Indian journal of veterinary science and animal husbandry - Volume 8,
Year: 1938
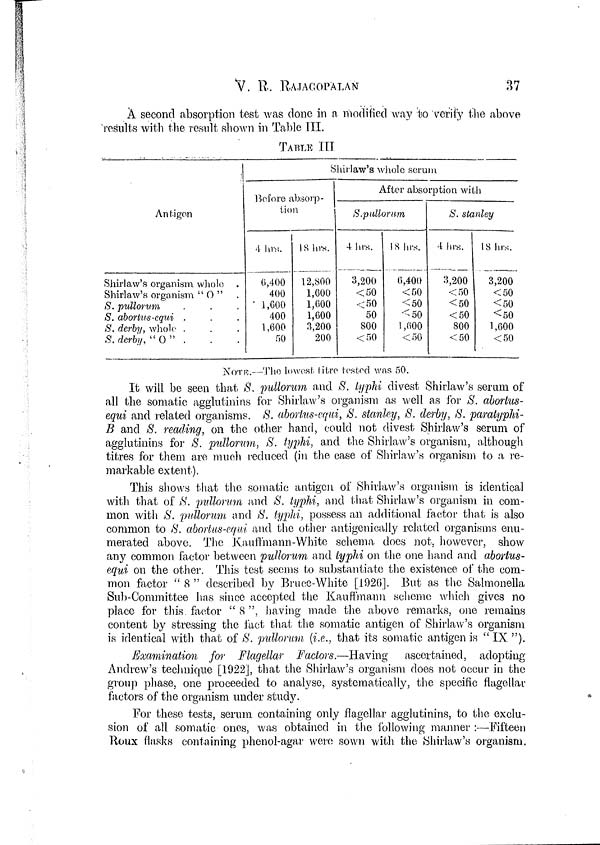
V. R. RAJAGOPALAN
37
A second absorption test was done in a modified way to verify the above
results with the result shown in Table III.
TABLE III
Antigen
Shirlaw's organism whole .
Shirlaw's organism " O " .
S. pullorum . . .
S. abortus-equi . . .
S. derby, whole . . .
S. derby, " O " . . .
Shirlaw's whole serum
Before absorp-
tion
4 hrs.
6,400
400
1,600
400
1,600
50
18 hrs.
12,800
1,600
1,600
1,600
3,200
200
After absorption with
S.pullorum
4 hrs.
3,200
< 50
< 50
50
800
< 50
18 hrs.
6,400
< 50
< 50
< 50
1,600
< 50
S. Stanley
4 hrs.
3,200
< 50
< 50
< 50
800
< 50
18 hrs.
3,200
< 50
< 50
< 50
1,600
< 50
NOTE.—The lowest titre tested was 50.
It will be seen that S. pullorum and S. typhi divest Shirlaw's serum of
all the somatic agglutinins for Shirlaw's organism as well as for S. abortus-
equi and related organisms. S. abortus-equi, S. Stanley, S. derby, S. paratyphi-
B and S. reading, on the other hand, could not divest Shirlaw's serum of
agglutinins for S. pullorum, S. typhi, and. the Shirlaw's organism, although
titres for them are much reduced (in the case of Shirlaw's organism to a re-
markable extent).
This shows that the somatic antigen of Shirlaw's organism is identical
with that of S. pullorum and S. typhi, and that Shirlaw's organism in com-
mon with S. pullorum and S. typhi, possess an additional factor that is also
common to S. abortus-equi and the other antigenically related organisms enu-
merated above. The Kauffmann-White schema does not, however, show
any common factor between pullorum and typhi on the one hand and abortus-
equi on the other. This test seems to substantiate the existence of the com-
mon factor " 8 " described by Bruce-White [1926]. But as the Salmonella
Sub-Committee has since accepted the Kauffmann scheme which gives no
place for this factor " 8 ", having made the above remarks, one remains
content by stressing the fact that the somatic antigen of Shirlaw's organism
is identical with that of S. pullorum (i.e., that its somatic antigen is " IX ").
Examination for Flagellar Factors.—Having ascertained, adopting
Andrew's technique [1922], that the Shirlaw's organism does not occur in the
group phase, one proceeded to analyse, systematically, the specific flagellar
factors of the organism under study.
For these tests, serum containing only flagellar agglutinins, to the exclu-
sion of all somatic ones, was obtained in the following manner :—Fifteen
Roux flasks containing phenol-agar were sown with the Shirlaw's organism.